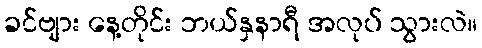
ခင်ဗျား နေ့တိုင်း ဘယ်နှနာရီ အလုပ် သွားလဲ။